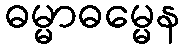
ဓမ္မာဓမ္မေန